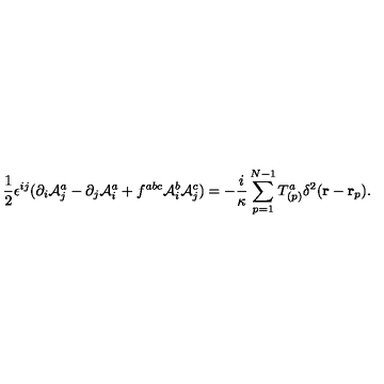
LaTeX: \frac { 1 } { 2 } \epsilon ^ { i j } ( \partial _ { i } { \cal A } _ { j } ^ { a } - \partial _ { j } { \cal A } _ { i } ^ { a } + f ^ { a b c } { \cal A } _ { i } ^ { b } { \cal A } _ { j } ^ { c } ) = - \frac { i } { \kappa } \sum _ { p = 1 } ^ { N - 1 } T _ { ( p ) } ^ { a } \delta ^ { 2 } ( { \bf r } - { \bf r } _ { p } ) .